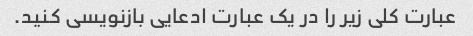
عبارت کلی زیر را در یک عبارت ادعایی بازنویسی کنید.